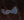
فى